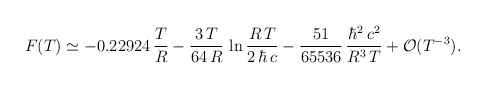
\begin{align*}F(T)\simeq-0.22924\,\frac{T}{R}-\frac{3\,T}{64\,R}\,\ln\frac{R\,T}{2\,\hbar\,c}-\frac{51}{65536}\,\frac{\hbar^2\,c^2}{R^3\,T}+{\cal O}(T^{-3}).\end{align*}